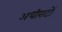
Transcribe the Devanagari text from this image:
अधीराटों